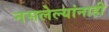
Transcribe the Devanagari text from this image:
नसलेल्यांनाही